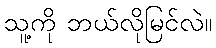
သူ့ကို ဘယ်လိုမြင်လဲ။